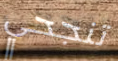
تنجحي